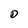
Character: D